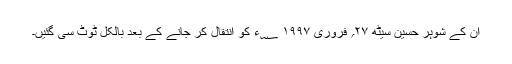
ان کے شوہر حسین سیٹھ ۲۷؍ فروری ۱۹۹۷ ؁ء کو انتقال کر جانے کے بعد بالکل ٹوٹ سی گئیں۔